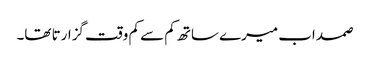
صمد اب میرے ساتھ کم سے کم وقت گزارتا تھا۔